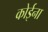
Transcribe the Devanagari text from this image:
कोईना